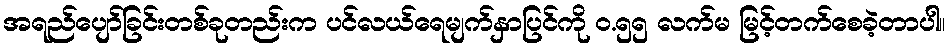
အရည်ပျော်ခြင်းတစ်ခုတည်းက ပင်လယ်ရေမျက်နှာပြင်ကို ဝ.၅၅ လက်မ မြင့်တက်စေခဲ့တာပါ။